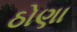
ઠોણા